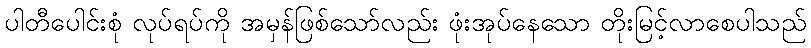
ပါတီပေါင်းစုံ လုပ်ရပ်ကို အမှန်ဖြစ်သော်လည်း ဖုံးအုပ်နေသော တိုးမြင့်လာစေပါသည်